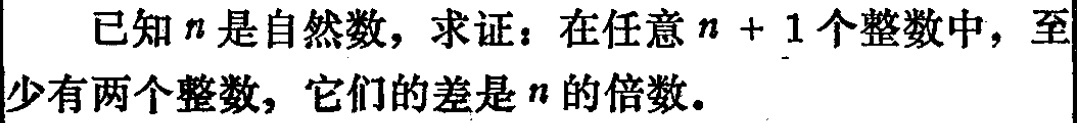
已知\(n\)是自然数，求证：在任意\(n + 1\)个整数中，至少有两个整数，它们的差是\(n\)的倍数。